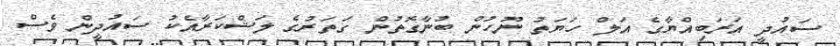
ސައުދީ އަރަބިއްޔާގެ އަލް ހަޔަތު ނޫހުން ބުނާގޮތުން ގަތަރުގެ ލަޝްކަރާއެކު ސައުދީން ވެސް